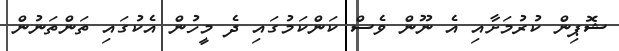
ޝޮޕިން ކުރުމަށާއި އެ ނޫން ވެސް ކަންކަމުގައި ދެ މީހުން އެކުގައި ތަންތަނުން